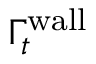
\Gamma _ { t } ^ { \mathrm { w a l l } }